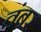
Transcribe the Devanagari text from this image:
तंबर